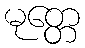
မုတ္တေ